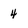
Character: 4